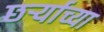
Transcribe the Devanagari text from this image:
छर्ऱ्याच्या